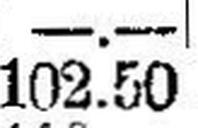
102.50